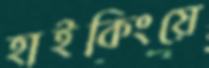
হাইকিংয়ে